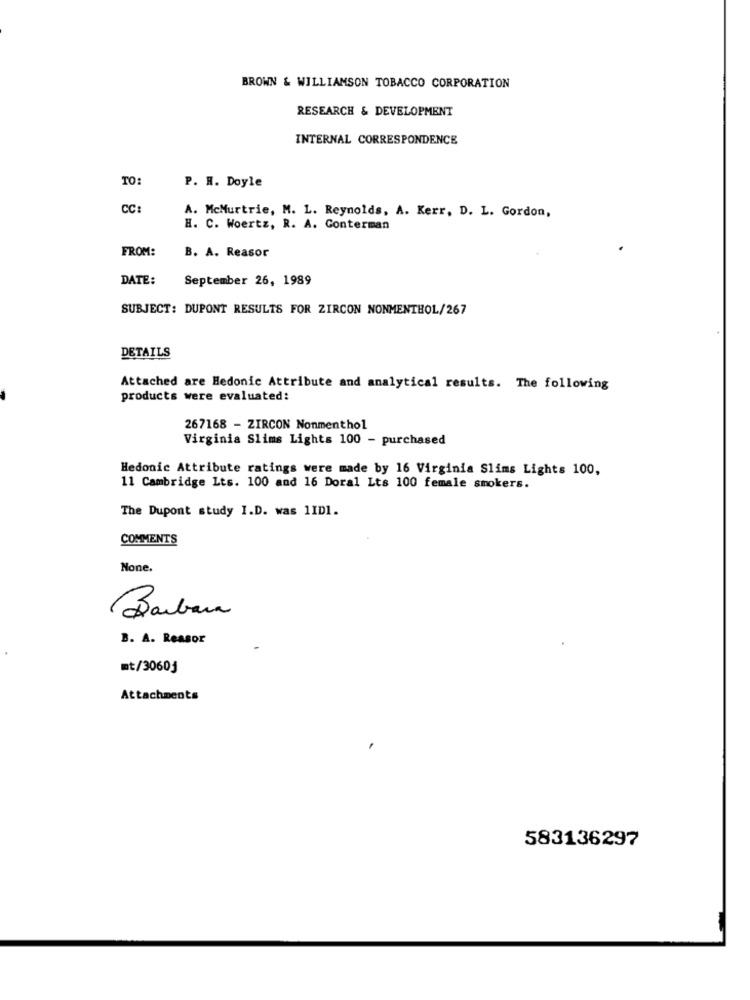
BROWN & WILLIAMSON TOBACCO CORPORATION
RESEARCH & DEVELOPMENT
INTERNAL CORRESPONDENCE
TO:
P. H. Doyle
CC:
A. McMurtrie, M. L. Reynolds, A. Kerr, D. L. Gordon,
H. C. Woertz, R. A. Conterman
FROM:
B. A. Reasor
DATE:
September 26, 1989
SUBJECT: DUPONT RESULTS FOR ZIRCON NONMENTHOL/267
DETAILS
Attached are Hedonic Attribute and analytical results. The following
products were evaluated:
267168 - ZIRCON Nonmenthol
Virginia Slims Lights 100 - purchased
Hedonic Attribute ratings were made by 16 Virginia Slims Lights 100,
11 Cambridge Lts. 100 and 16 Doral Lts 100 female smokers.
The Dupont study I.D. was 1ID1.
COMMENTS
None.
Barbara
B. A. Reasor
mt/3060j
Attachments
583136297